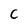
Character: c